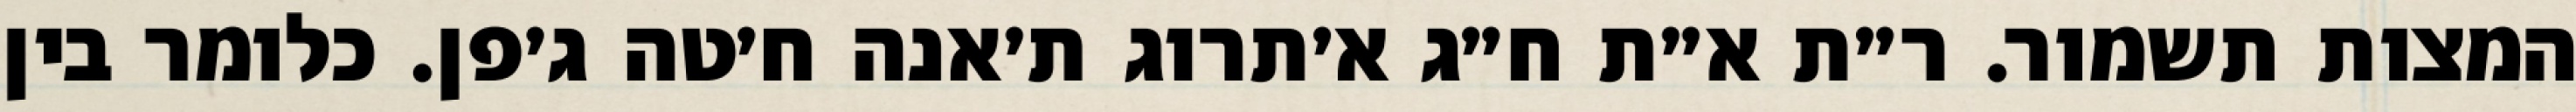
המצות תשמור. ר״ת א״ת ח״ג א׳תרוג ת׳אנה ח׳טה ג׳פן. כלומר בין